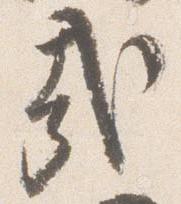
哉